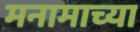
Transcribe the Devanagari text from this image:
मनामाच्या